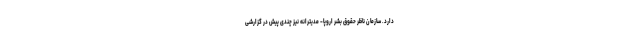
دارد. سازمان ناظر حقوق بشر اروپا- مدیترانه نیز چندی پیش در گزارشی